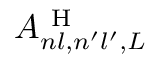
A _ { n l , n ^ { \prime } l ^ { \prime } , L } ^ { \mathrm { ~ H ~ } }